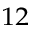
^ { 1 2 }